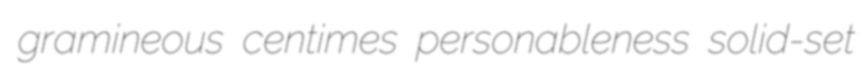
gramineous centimes personableness solid-set